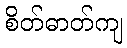
စိတ်ဓာတ်ကျ